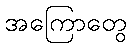
အကြောတွေ